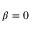
\beta = 0